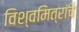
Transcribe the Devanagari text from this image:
विश्वमित्रांचे